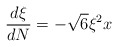
\begin{align*}\frac{d\xi}{dN}=-\sqrt{6}\xi^2x\end{align*}